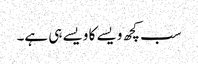
سب کچھ ویسے کا ویسے ہی ہے۔